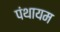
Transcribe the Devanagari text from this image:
पंथायम